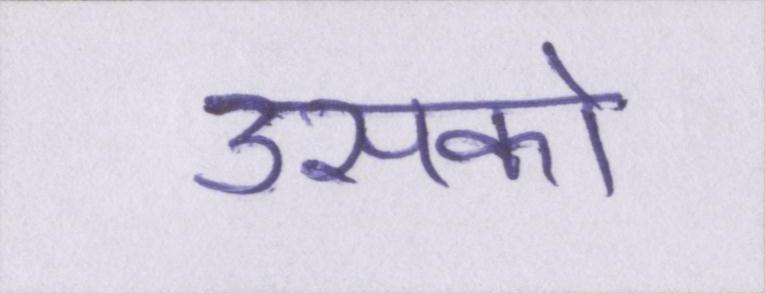
उसको